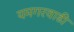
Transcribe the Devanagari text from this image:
यमगरवाडी